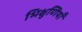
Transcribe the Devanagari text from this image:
भिक्षुणियाँ